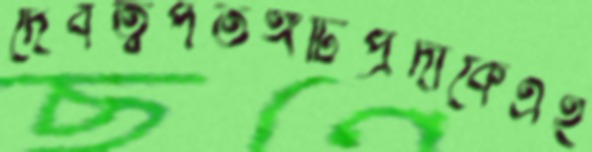
দেবত্বপতঙ্গটিপ্রদাকেএই